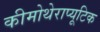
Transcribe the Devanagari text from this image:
कीमोथेराप्यूटिक